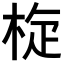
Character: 𣒀